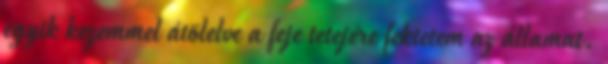
egyik kezemmel átölelve a feje tetejére fektetem az államat.